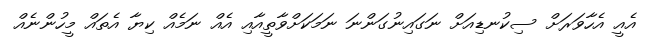
އެއީ އެހާވަރަށް ސިކުނޑިއަށް ނަގައިނުގަންނަ ނަމަކަށްވާތީއާއި އެއް ނަމެއް ކިޔާ އެތައް މީހުންނެއް